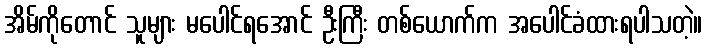
အိမ်ကိုတောင် သူများ မပေါင်ရအောင် ဦးကြီး တစ်ယောက်က အပေါင်ခံထားရပါသတဲ့။